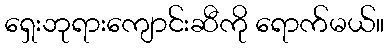
ရှေးဘုရားကျောင်းဆီကို ရောက်မယ်။